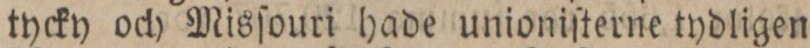
tycky och Misſouri hade unioniſterne tydligen